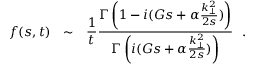
f ( s , t ) ~ ~ \sim ~ ~ { \frac { 1 } { t } } { \frac { \Gamma \left( 1 - i ( G s + \alpha { \frac { k _ { \perp } ^ { 2 } } { 2 s } } ) \right) } { \Gamma \left( i ( G s + \alpha { \frac { k _ { \perp } ^ { 2 } } { 2 s } } ) \right) } } ~ ~ .